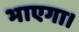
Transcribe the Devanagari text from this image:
भाएगा।